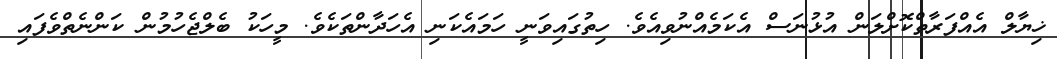
ޚިޔާލް އެއްފަރާތްކޮށްލަން އުޅުނަސް އެކަމެއްނުވިއެވެ. ހިތުގައިވަނީ ހަމައެކަނި އެހަދާންތަކެވެ. މީހަކު ބެލްޖެހުމުން ކަންނެތްވެފައި